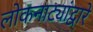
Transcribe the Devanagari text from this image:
लोकनाट्यांद्वारे